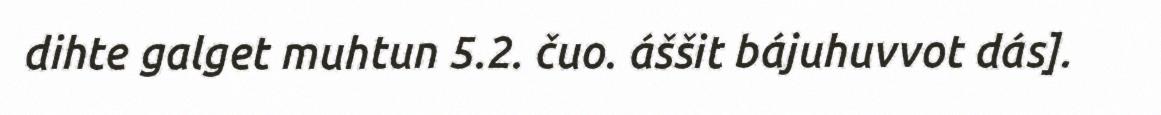
dihte galget muhtun 5.2. čuo. áššit bájuhuvvot dás].